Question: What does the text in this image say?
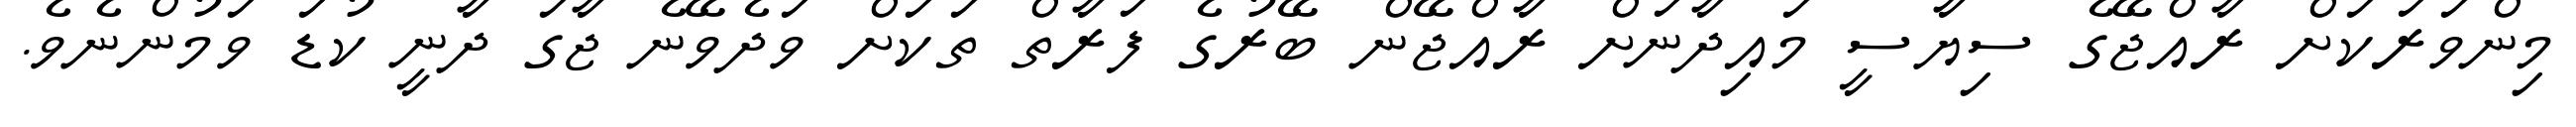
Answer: މިންވަރަކަށް ރާއްޖޭގެ ސިޔާސީ މައިދާނަށް ރާއްޖޭން ބޭރުގެ ފަރާތް ތަކަށް ވަދެވޭނެ ޖާގަ ދާނީ ކުޑަ ވަމުންނެވެ.